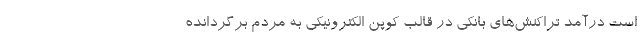
است درآمد تراکنش‌های بانکی در قالب کوپن الکترونیکی به مردم برگردانده